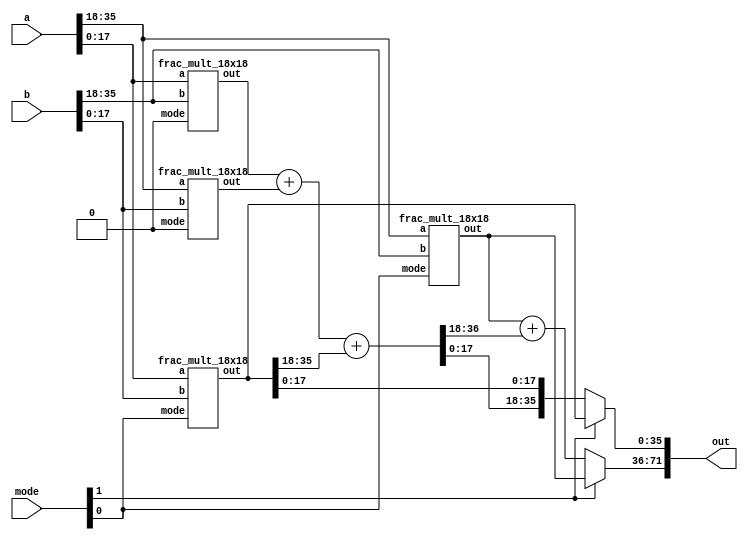
//----------------------------------------------------------------------------
// Design Name : frac_mult_36x36
// Function    : A 36-bit multiplier which form from 9-bit multipliers.
//               It can operate in 3 fracturable modes:
//                  1. one 36-bit multiplier  : mode[0] == 0, mode[1] == 0
//                  2. two 18-bit multipliers : mode[0] == 1, mode[1] == 0
//                  3. four 9-bit multipliers : mode[0] == 1, mode[1] == 1
// Coder       : mustafaarslan0
//----------------------------------------------------------------------------

module frac_mult_36x36 
(
	input   wire [0:35] a,
	input   wire [0:35] b,
	output  wire [0:71] out,
  input   wire [0:1]  mode  
);

wire [0:35] mult_ll_out;
wire [0:35] mult_lh_out;
wire [0:35] mult_hl_out;
wire [0:35] mult_hh_out;

wire [0:36] sub_result1; // carry included
wire [0:35] sub_result2;
wire [0:71] result;

  assign sub_result1 = mult_lh_out + mult_hl_out + {18'd0, mult_ll_out[0:17]};
  assign sub_result2 = mult_hh_out + {17'd0, sub_result1[0:18]};

  assign result[54:71]   = mult_ll_out[18:35];
  assign result[36:53]  = sub_result1[19:36];
  assign result[0:35]  = sub_result2;

  assign out[36:71] = (mode[0] == 1'b1) ? mult_ll_out : result[36:71];
  assign out[0:35]  = (mode[0] == 1'b1) ? mult_hh_out : result[0:35];                              

  frac_mult_18x18 mult_ll (.a(a[18:35]), .b(b[18:35]), .out(mult_ll_out), .mode(mode[1]) ); // A_low*B_low
  frac_mult_18x18 mult_lh (.a(a[18:35]), .b(b[0:17]), .out(mult_lh_out), .mode(1'b0) ); // A_low*B_high
  frac_mult_18x18 mult_hl (.a(a[0:17]), .b(b[18:35]), .out(mult_hl_out), .mode(1'b0) ); // A_high*B_low
  frac_mult_18x18 mult_hh (.a(a[0:17]), .b(b[0:17]),  .out(mult_hh_out), .mode(mode[1])); // A_high*B_high

endmodule

module frac_mult_18x18
(
	input   wire [0:17] a,
	input   wire [0:17] b,
	output  wire [0:35] out,
  input   wire [0:0]  mode  
);

wire [0:17] mult_ll_out;
wire [0:17] mult_lh_out;
wire [0:17] mult_hl_out;
wire [0:17] mult_hh_out;

wire [0:18] sub_result1;  // carry included
wire [0:17] sub_result2;
wire [0:35] result;

  assign sub_result1 = mult_lh_out + mult_hl_out + {9'd0, mult_ll_out[0:8]};
  assign sub_result2 = mult_hh_out + {8'd0, sub_result1[0:9]};

  assign result[27:35] = mult_ll_out[9:17];
  assign result[18:26] = sub_result1[10:18];
  assign result[0:17]  = sub_result2;

  assign out[18:35] = (mode == 1'b1) ? mult_ll_out : result[18:35];
  assign out[0:17]  = (mode == 1'b1) ? mult_hh_out : result[0:17];

  multiplier #(9) mult_ll (.a(a[9:17]), .b(b[9:17]), .out(mult_ll_out) ); // A_low*B_low
  multiplier #(9) mult_lh (.a(a[9:17]), .b(b[0:8]), .out(mult_lh_out) ); // A_low*B_high
  multiplier #(9) mult_hl (.a(a[0:8]), .b(b[9:17]), .out(mult_hl_out) ); // A_high*B_low
  multiplier #(9) mult_hh (.a(a[0:8]), .b(b[0:8]), .out(mult_hh_out) ); // A_high*B_high

endmodule

module multiplier
#( parameter WIDTH = 9 )
(
	input   wire [0:WIDTH-1] a,
	input   wire [0:WIDTH-1] b,
	output  wire [0:2*WIDTH-1] out 
);

  assign  out = a * b;

endmodule